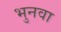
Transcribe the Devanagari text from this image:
भुनवा